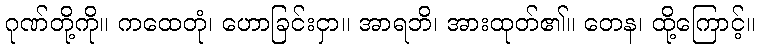
ဂုဏ်တို့ကို။ ကထေတုံ၊ ဟောခြင်းငှာ။ အာရဘိ၊ အားထုတ်၏။ တေန၊ ထို့ကြောင့်။